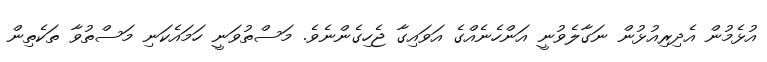
އުޅެމުން އެދިރިއުޅުން ނަގާލެވުނީ އަންހެނެއްގެ އަވައިގާ ޖެހިގެންނެވެ. މަސްތުވަނީ ހަމައެކަނި މަސްތުވާ ތަކެތިން